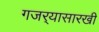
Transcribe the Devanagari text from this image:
गजर्‍यासारखी